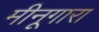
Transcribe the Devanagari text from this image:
मीनूगारा